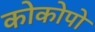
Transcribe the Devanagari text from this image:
कोकोपो